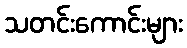
သတင်းကောင်းများ